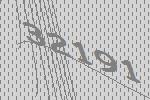
32191